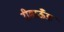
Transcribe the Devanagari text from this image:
रीबाऊँड